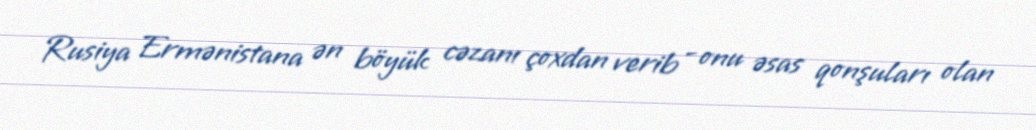
Rusiya Ermənistana ən böyük cəzanı çoxdan verib - onu əsas qonşuları olan